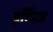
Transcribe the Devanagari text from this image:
इम्पिंज